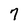
Character: 7